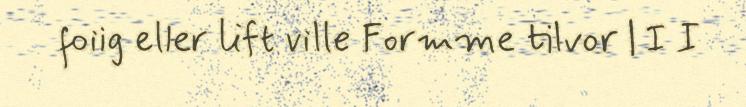
foiig eller lift ville Formme tilvor | I I